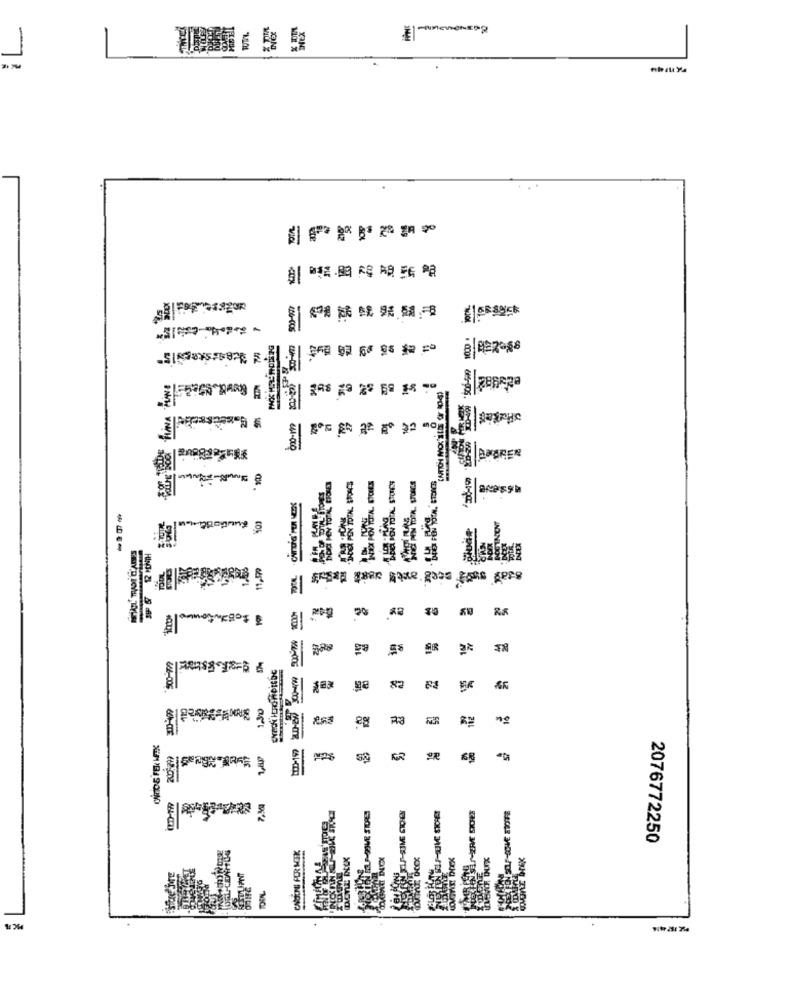
--- ---
€
stay sont need anel sest datos
----
8.
ge
82
Ba
2
nº
2076772250
DUX